Lunatic asylums Central Provinces reports 1886-1894 - 1886-1894
Year: 1886
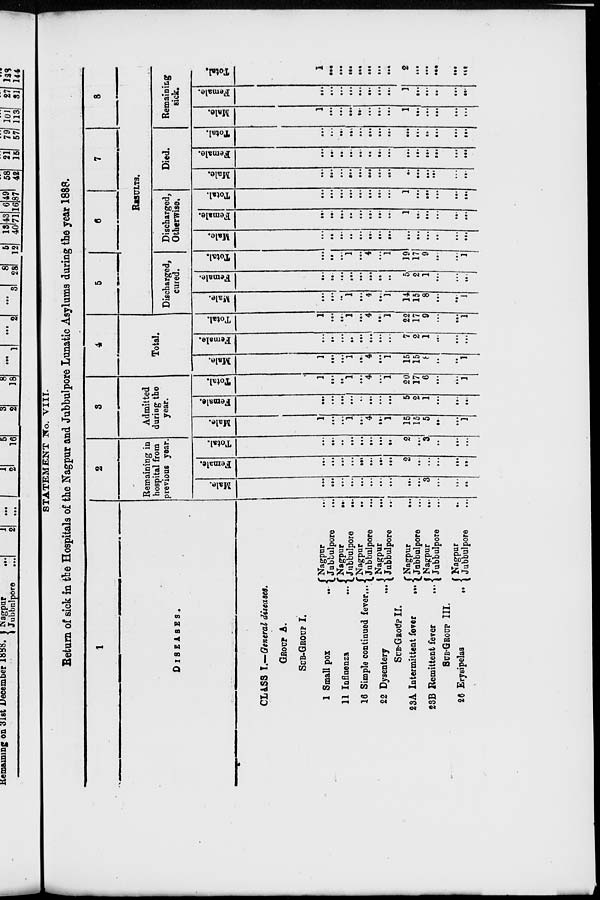
STATEMENT No. VIII.
Return of sick in the Hospitals of the Nagpur and Jubbulpore Lunatic Asylums during the year 1888.
1
DISEASES.
CLASS I.—General diseases.
GROUP A.
SUB-GROUP I.
1 Small pox
...
11 Influenza
...
16 Simple continued fever...
22 Dysentery
...
SUB-GROUP II.
23A Intermittent fever
...
23B Remittent fever
...
SUB-GROUP III.
26 Erysipelas
...
Nagpur ...
Jubbulpore
...
Nagpur
...
Jubbulpore
...
Nagpur
...
Jubbulpore ...
Nagpur ...
Jubbulpore ...
Nagpur ...
Jnbbulpore ...
Nagpur
...
Jubbulpore ...
Nagpur ...
Jubbulpore ...
2
Remaining in
hospital from
previous year.
Male.
...
...
...
...
...
...
...
...
...
...
3
...
...
...
Female.
...
...
...
...
...
...
...
...
2
...
...
...
...
...
Total.
...
...
...
...
...
...
...
...
2
...
3
...
...
...
3
Admitted
during the
year.
Male.
1
...
...
1
...
4
...
1
15
15
5
...
...
1
Female.
...
...
...
...
...
...
...
...
5
2
1
...
...
...
Total.
1
...
...
1
...
4
...
1
20
17
6
...
...
1
4
Total.
Male.
1
...
...
1
...
4
...
1
15
15
8
...
...
1
Female.
...
...
...
...
...
...
...
...
7
2
1
...
...
...
Total.
1
...
...
1
...
4
...
1
22
17
9
...
...
1
5
6
7
8
RESULTS.
Discharged,
cured.
Male.
...
...
...
1
...
4
...
1
14
15
8
...
...
1
Female.
...
...
...
...
...
...
...
...
5
2
1
...
...
...
Total.
...
...
...
1
...
4
...
1
19
17
9
...
...
1
Discharged,
Otherwise.
Male.
...
...
...
...
...
...
...
...
...
...
...
...
...
...
Female.
...
...
...
...
...
...
...
...
1
...
...
...
...
...
Total.
...
...
...
...
...
...
...
...
1
...
...
...
...
...
Died.
Male.
...
...
...
...
...
...
...
...
...
...
...
...
...
...
Female.
...
...
...
...
...
...
...
...
...
...
...
...
...
...
Total.
...
...
...
...
...
...
...
...
...
...
...
...
...
...
Remaining
sick.
Male.
1
...
...
...
...
...
...
...
1
...
...
...
...
...
Female.
...
...
...
...
...
...
...
...
1
...
...
...
...
...
Total.
1
...
...
...
...
...
...
...
2
...
...
...
...
...